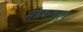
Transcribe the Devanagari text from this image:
मडकलपुव